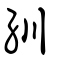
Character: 紃